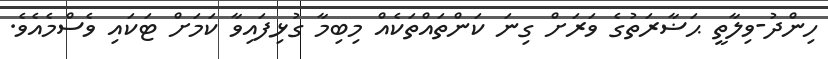
ހިންދު-ވިލާތީ ޙަޟާރަތުގެ ވަރަށް ގިނަ ކަންތައްތަކެއް މިބިމާ ގުޅިފައިވާ ކަމަށް ޓަކައި ވެސްމެއެވެ.